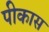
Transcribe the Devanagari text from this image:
पीकास